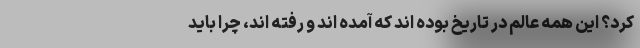
کرد؟ این همه عالِم در تاریخ بوده اند که آمده اند و رفته اند، چرا باید